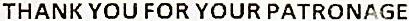
THANK YOU FOR YOUR PATRONAGE